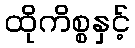
ထိုကိစ္စနှင့်